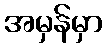
အမှန်မှာ